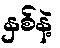
နှစ်နဲ့